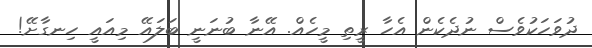
ދުވަހަކުވެސް ނުދެކެން އެހާ ރީތި މީހެއް. އޭނާ ބުނަނީ ބަލައޭ މިއައީ ހިނގާށޭ!